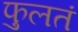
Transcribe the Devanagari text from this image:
फुलतं